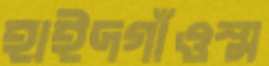
হাইদগাঁওস্ম